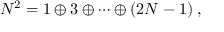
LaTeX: N ^ { 2 } = 1 \oplus 3 \oplus \cdots \oplus ( 2 N - 1 ) \; ,